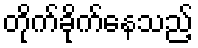
တိုက်ခိုက်နေသည့်